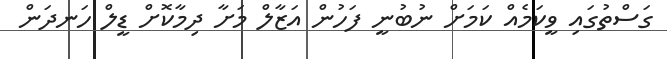
ގަސްތުގައި ވީކަމެއް ކަމަށް ނުބުނީ ފަހުން އަޒާލް މަށާ ދިމާކޮށް ޑީލް ހަނދަން